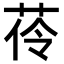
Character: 𦰐